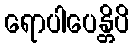
ရောပါပေန္တိပိ